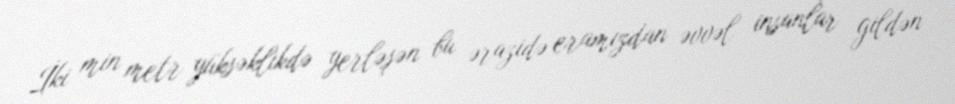
İki min metr yüksəklikdə yerləşən bu ərazidə eramızdan əvvəl insanlar gildən